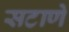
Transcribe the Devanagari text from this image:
सटाणे